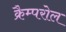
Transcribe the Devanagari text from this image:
क्रैम्परोल